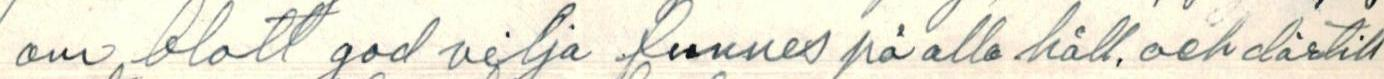
om blott god vilja funnes på alla håll, och därtill